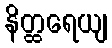
နိတ္ထရေယျ